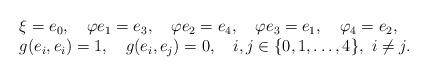
LaTeX: \begin{align*}\begin{array}{l} \xi=e_0, \ \ \ \varphi e_1=e_3, \ \ \ \varphi e_2=e_4,\ \ \ \varphi e_3=e_1,\ \ \ \varphi _4=e_2, \\ g(e_i,e_i)=1, \ \ \ g(e_i,e_j)=0, \ \ \ i,j\in \{0,1,\ldots,4\}, \ i\neq j.\end{array}\end{align*}